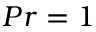
P r = 1